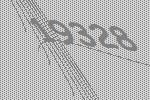
19328